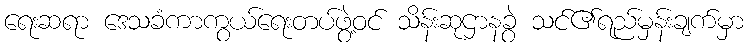
ရေးဆရာ ဒေသခံကာကွယ်ရေးတပ်ဖွဲ့ဝင် သိန်းဆုဌာနခွဲ သင်၏ရည်မှန်းချက်မှာ